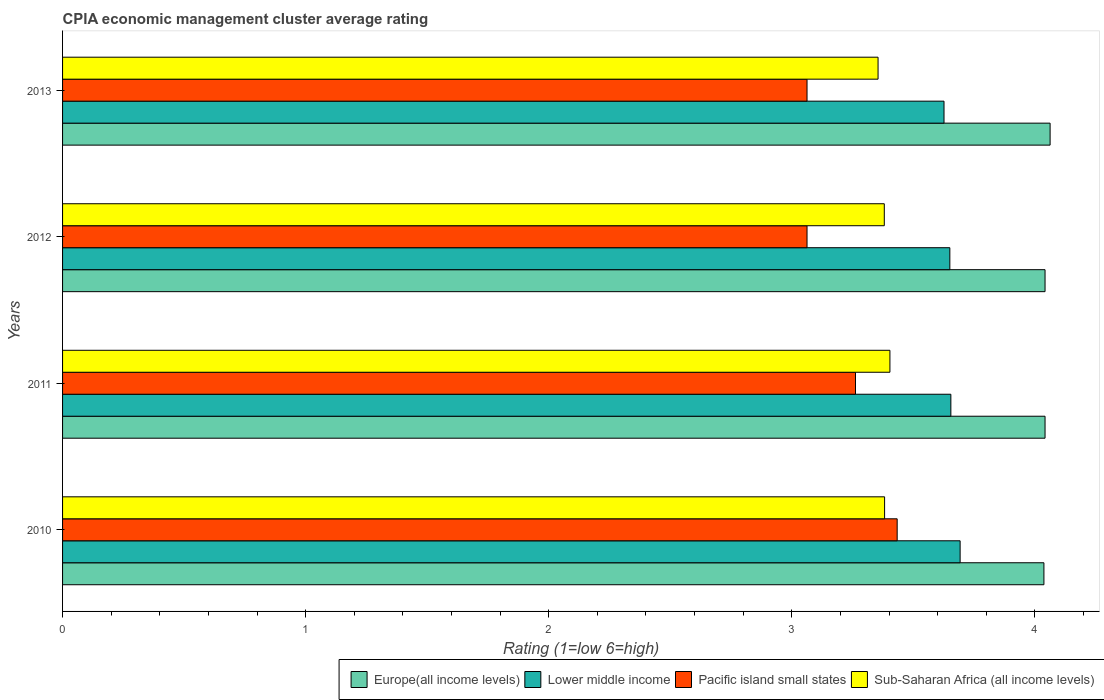
| Years | Europe(all income levels) | Lower middle income | Pacific island small states | Sub-Saharan Africa (all income levels) |
 | --- | --- | --- | --- | --- |
 | 2010 | 4.04 | 3.69 | 3.43 | 3.38 |
 | 2011 | 4.04 | 3.65 | 3.26 | 3.4 |
 | 2012 | 4.04 | 3.65 | 3.06 | 3.38 |
 | 2013 | 4.06 | 3.63 | 3.06 | 3.35 |